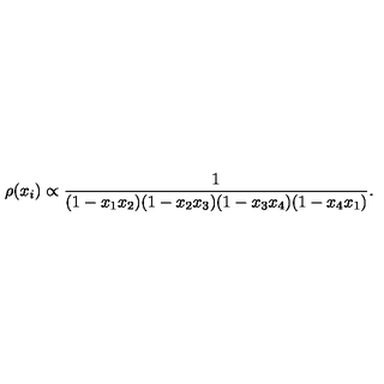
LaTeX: \rho ( x _ { i } ) \propto \frac { 1 } { ( 1 - x _ { 1 } x _ { 2 } ) ( 1 - x _ { 2 } x _ { 3 } ) ( 1 - x _ { 3 } x _ { 4 } ) ( 1 - x _ { 4 } x _ { 1 } ) } .